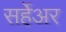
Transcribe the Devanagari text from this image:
सर्हेअर